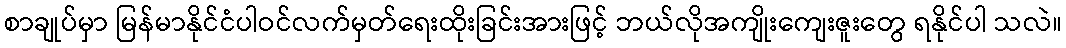
စာချုပ်မှာ မြန်မာနိုင်ငံပါဝင်လက်မှတ်ရေးထိုးခြင်းအားဖြင့် ဘယ်လိုအကျိုးကျေးဇူးတွေ ရနိုင်ပါ သလဲ။